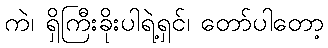
ကဲ၊ ရှိကြီးခိုးပါရဲ့ရှင်၊ တော်ပါတော့